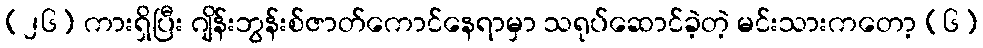
(၂၆) ကားရှိပြီး ဂျိန်းဘွန်းစ်ဇာတ်ကောင်နေရာမှာ သရုပ်ဆောင်ခဲ့တဲ့ မင်းသားကတော့ (၆)